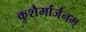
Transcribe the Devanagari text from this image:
कुशैर्मार्जनम्